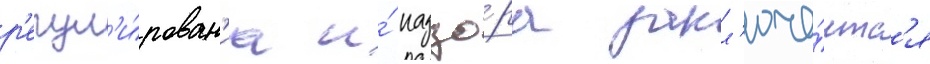
р'егул'и́рован'иа и́ надзо́ра закл'юча́етс'я